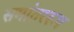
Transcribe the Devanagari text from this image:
समांतररूप